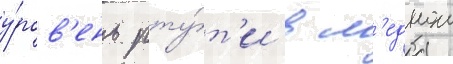
у́ров'ень рту́т'и в м'еднои